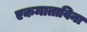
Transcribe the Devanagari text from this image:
एकमाताविना